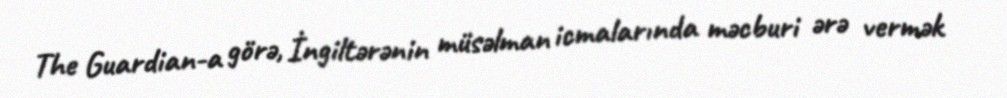
The Guardian-a görə, İngiltərənin müsəlman icmalarında məcburi ərə vermək